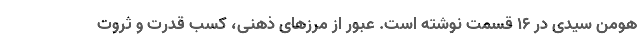
هومن سیدی در ۱۶ قسمت نوشته است. عبور از مرزهای ذهنی، کسب قدرت و ثروت